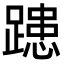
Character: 𨄲